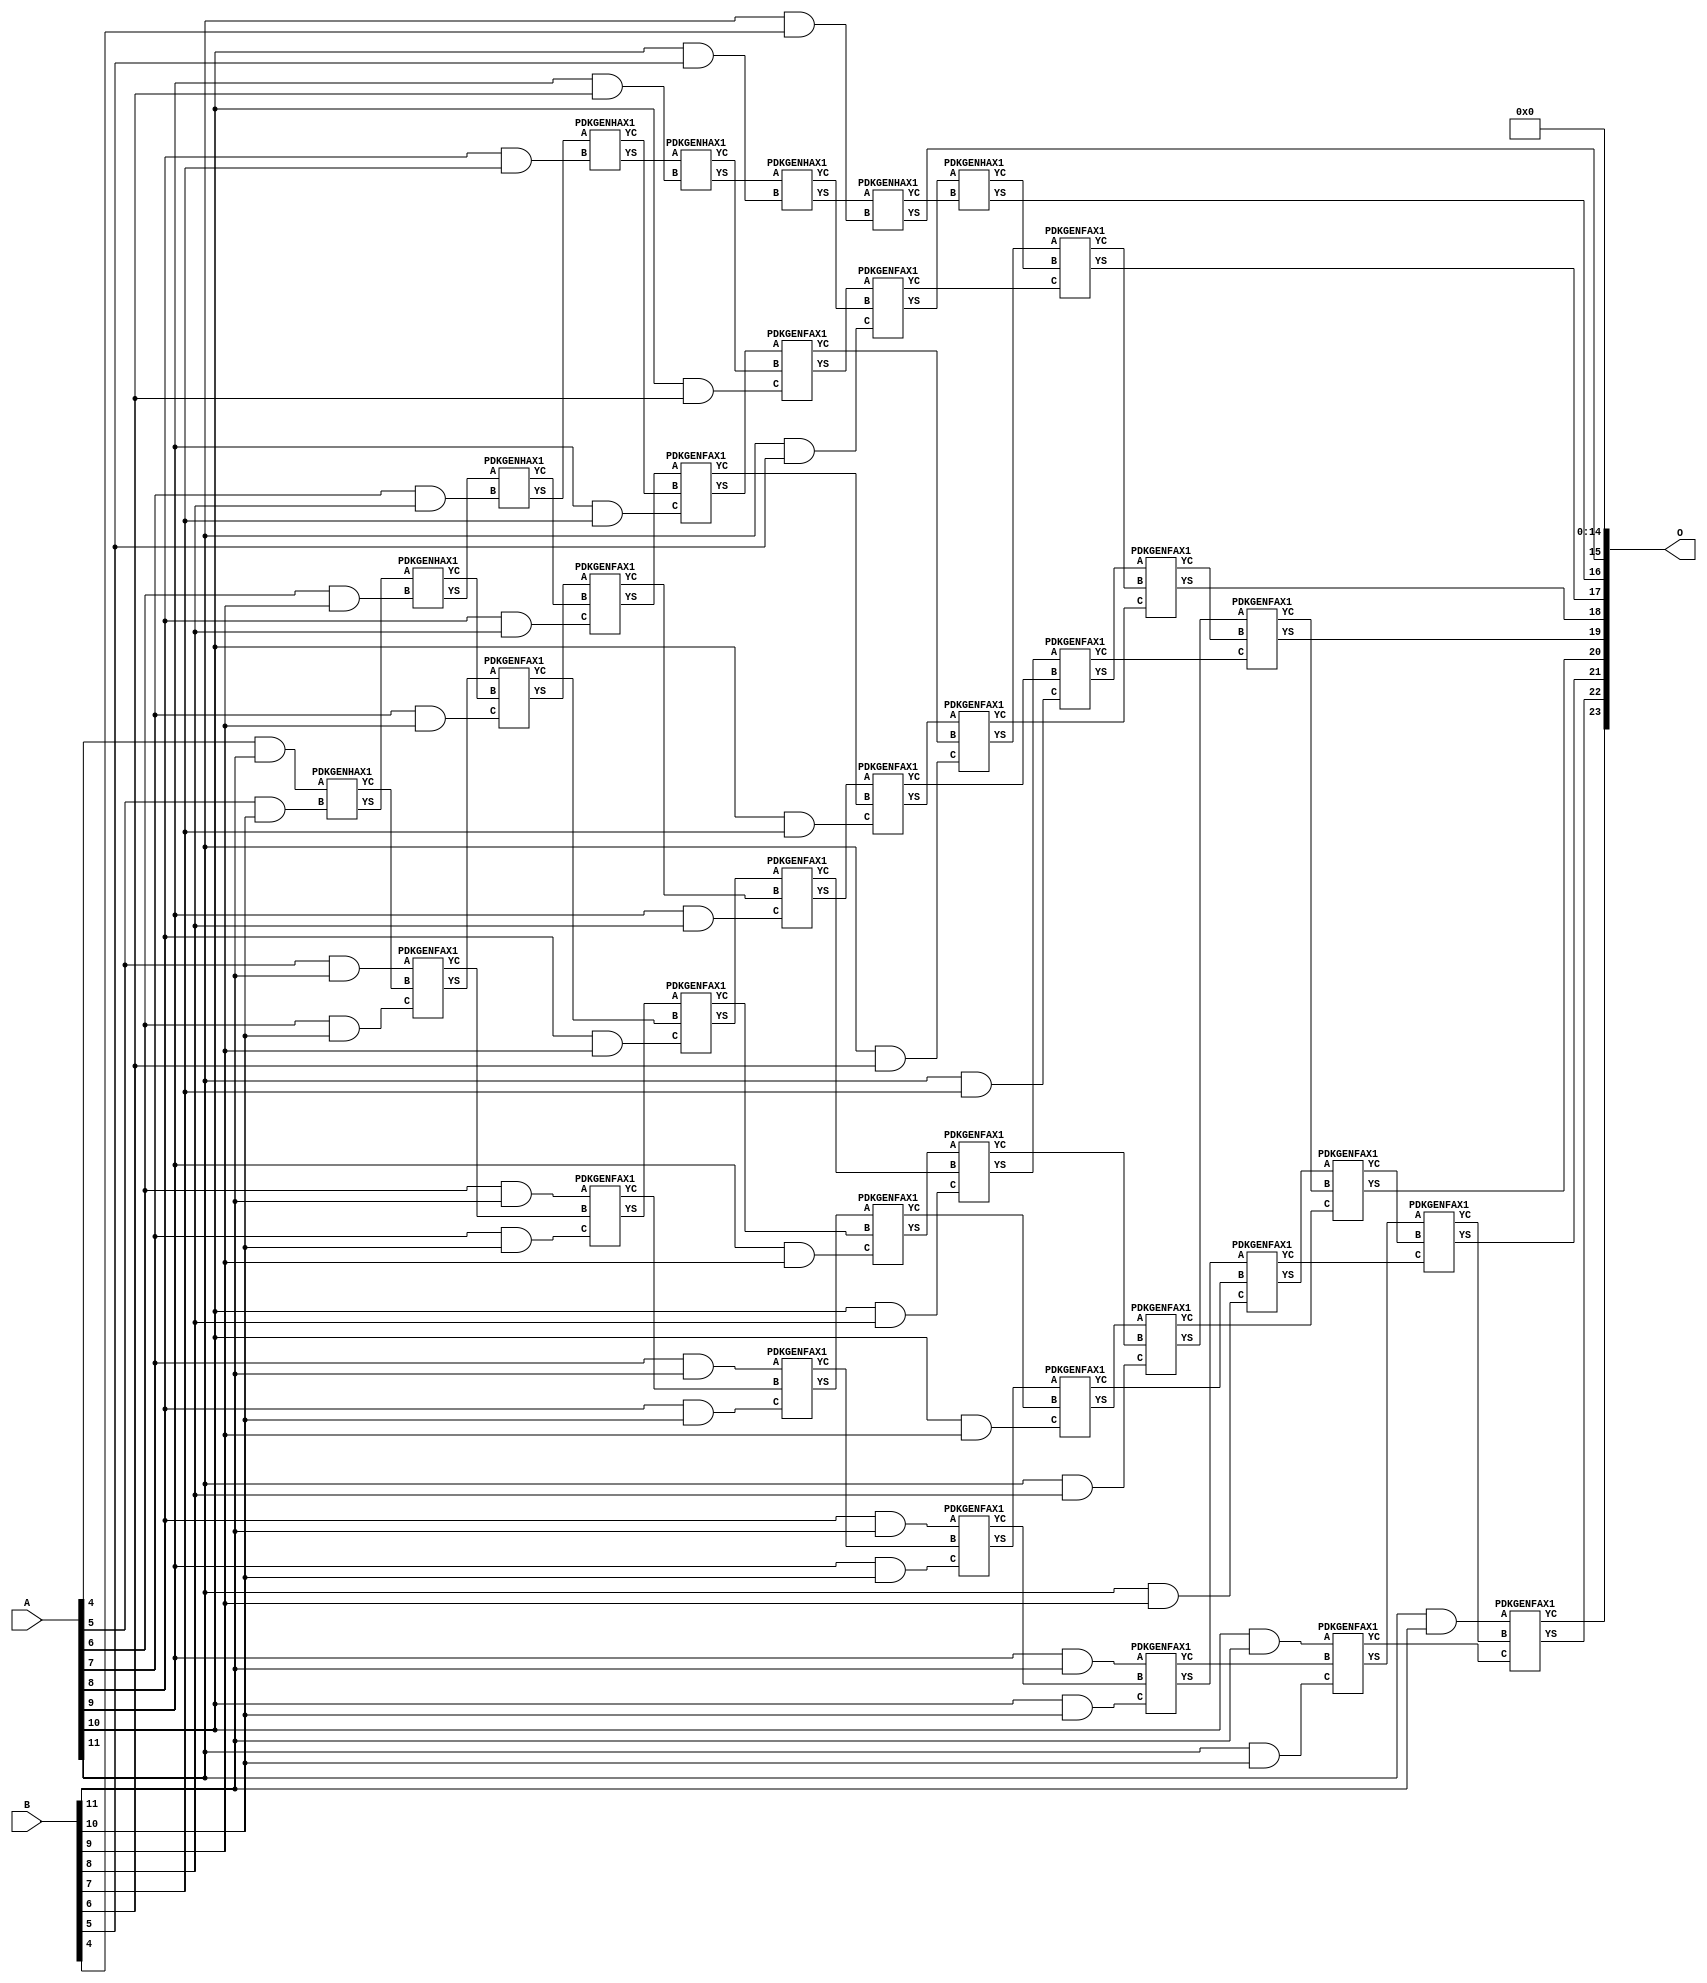
/***
* This code is a part of EvoApproxLib library (ehw.fit.vutbr.cz/approxlib) distributed under The MIT License.
* When used, please cite the following article(s): V. Mrazek, Z. Vasicek, L. Sekanina, H. Jiang and J. Han, "Scalable Construction of Approximate Multipliers With Formally Guaranteed Worst Case Error" in IEEE Transactions on Very Large Scale Integration (VLSI) Systems, vol. 26, no. 11, pp. 2572-2576, Nov. 2018. doi: 10.1109/TVLSI.2018.2856362 
* This file contains a circuit from a sub-set of pareto optimal circuits with respect to the pwr and wce parameters
***/
// MAE% = 0.48 %
// MAE = 79872 
// WCE% = 1.90 %
// WCE = 319489 
// WCRE% = 100.00 %
// EP% = 99.94 %
// MRE% = 7.43 %
// MSE = 78073.148e5 
// PDK45_PWR = 0.237 mW
// PDK45_AREA = 461.3 um2
// PDK45_DELAY = 1.48 ns


module mul12u_2CS ( A, B, O );
  input [11:0] A;
  input [11:0] B;
  output [23:0] O;

  wire C_10_10,C_10_5,C_10_6,C_10_7,C_10_8,C_10_9,C_11_10,C_11_4,C_11_5,C_11_6,C_11_7,C_11_8,C_11_9,C_12_10,C_12_4,C_12_5,C_12_6,C_12_7,C_12_8,C_12_9,C_5_10,C_6_10,C_6_9,C_7_10,C_7_8,C_7_9,C_8_10,C_8_7,C_8_8,C_8_9,C_9_10,C_9_6,C_9_7,C_9_8,C_9_9,S_10_10,S_10_11,S_10_5,S_10_6,S_10_7,S_10_8,S_10_9,S_11_10,S_11_11,S_11_4,S_11_5,S_11_6,S_11_7,S_11_8,S_11_9,S_12_10,S_12_11,S_12_3,S_12_4,S_12_5,S_12_6,S_12_7,S_12_8,S_12_9,S_4_11,S_5_10,S_5_11,S_6_10,S_6_11,S_6_9,S_7_10,S_7_11,S_7_8,S_7_9,S_8_10,S_8_11,S_8_7,S_8_8,S_8_9,S_9_10,S_9_11,S_9_6,S_9_7,S_9_8,S_9_9;

  assign S_4_11 = (A[4] & B[11]);
  PDKGENHAX1 U16847 (.A(S_4_11), .B((A[5] & B[10])), .YS(S_5_10), .YC(C_5_10));
  assign S_5_11 = (A[5] & B[11]);
  PDKGENHAX1 U16858 (.A(S_5_10), .B((A[6] & B[9])), .YS(S_6_9), .YC(C_6_9));
  PDKGENFAX1 U16859 (.A(S_5_11), .B(C_5_10), .C((A[6] & B[10])), .YS(S_6_10), .YC(C_6_10));
  assign S_6_11 = (A[6] & B[11]);
  PDKGENHAX1 U16869 (.A(S_6_9), .B((A[7] & B[8])), .YS(S_7_8), .YC(C_7_8));
  PDKGENFAX1 U16870 (.A(S_6_10), .B(C_6_9), .C((A[7] & B[9])), .YS(S_7_9), .YC(C_7_9));
  PDKGENFAX1 U16871 (.A(S_6_11), .B(C_6_10), .C((A[7] & B[10])), .YS(S_7_10), .YC(C_7_10));
  assign S_7_11 = (A[7] & B[11]);
  PDKGENHAX1 U16880 (.A(S_7_8), .B((A[8] & B[7])), .YS(S_8_7), .YC(C_8_7));
  PDKGENFAX1 U16881 (.A(S_7_9), .B(C_7_8), .C((A[8] & B[8])), .YS(S_8_8), .YC(C_8_8));
  PDKGENFAX1 U16882 (.A(S_7_10), .B(C_7_9), .C((A[8] & B[9])), .YS(S_8_9), .YC(C_8_9));
  PDKGENFAX1 U16883 (.A(S_7_11), .B(C_7_10), .C((A[8] & B[10])), .YS(S_8_10), .YC(C_8_10));
  assign S_8_11 = (A[8] & B[11]);
  PDKGENHAX1 U16891 (.A(S_8_7), .B((A[9] & B[6])), .YS(S_9_6), .YC(C_9_6));
  PDKGENFAX1 U16892 (.A(S_8_8), .B(C_8_7), .C((A[9] & B[7])), .YS(S_9_7), .YC(C_9_7));
  PDKGENFAX1 U16893 (.A(S_8_9), .B(C_8_8), .C((A[9] & B[8])), .YS(S_9_8), .YC(C_9_8));
  PDKGENFAX1 U16894 (.A(S_8_10), .B(C_8_9), .C((A[9] & B[9])), .YS(S_9_9), .YC(C_9_9));
  PDKGENFAX1 U16895 (.A(S_8_11), .B(C_8_10), .C((A[9] & B[10])), .YS(S_9_10), .YC(C_9_10));
  assign S_9_11 = (A[9] & B[11]);
  PDKGENHAX1 U16902 (.A(S_9_6), .B((A[10] & B[5])), .YS(S_10_5), .YC(C_10_5));
  PDKGENFAX1 U16903 (.A(S_9_7), .B(C_9_6), .C((A[10] & B[6])), .YS(S_10_6), .YC(C_10_6));
  PDKGENFAX1 U16904 (.A(S_9_8), .B(C_9_7), .C((A[10] & B[7])), .YS(S_10_7), .YC(C_10_7));
  PDKGENFAX1 U16905 (.A(S_9_9), .B(C_9_8), .C((A[10] & B[8])), .YS(S_10_8), .YC(C_10_8));
  PDKGENFAX1 U16906 (.A(S_9_10), .B(C_9_9), .C((A[10] & B[9])), .YS(S_10_9), .YC(C_10_9));
  PDKGENFAX1 U16907 (.A(S_9_11), .B(C_9_10), .C((A[10] & B[10])), .YS(S_10_10), .YC(C_10_10));
  assign S_10_11 = (A[10] & B[11]);
  PDKGENHAX1 U16913 (.A(S_10_5), .B((A[11] & B[4])), .YS(S_11_4), .YC(C_11_4));
  PDKGENFAX1 U16914 (.A(S_10_6), .B(C_10_5), .C((A[11] & B[5])), .YS(S_11_5), .YC(C_11_5));
  PDKGENFAX1 U16915 (.A(S_10_7), .B(C_10_6), .C((A[11] & B[6])), .YS(S_11_6), .YC(C_11_6));
  PDKGENFAX1 U16916 (.A(S_10_8), .B(C_10_7), .C((A[11] & B[7])), .YS(S_11_7), .YC(C_11_7));
  PDKGENFAX1 U16917 (.A(S_10_9), .B(C_10_8), .C((A[11] & B[8])), .YS(S_11_8), .YC(C_11_8));
  PDKGENFAX1 U16918 (.A(S_10_10), .B(C_10_9), .C((A[11] & B[9])), .YS(S_11_9), .YC(C_11_9));
  PDKGENFAX1 U16919 (.A(S_10_11), .B(C_10_10), .C((A[11] & B[10])), .YS(S_11_10), .YC(C_11_10));
  assign S_11_11 = (A[11] & B[11]);
  assign S_12_3 = S_11_4;
  PDKGENHAX1 U16925 (.A(S_11_5), .B(C_11_4), .YS(S_12_4), .YC(C_12_4));
  PDKGENFAX1 U16926 (.A(S_11_6), .B(C_12_4), .C(C_11_5), .YS(S_12_5), .YC(C_12_5));
  PDKGENFAX1 U16927 (.A(S_11_7), .B(C_12_5), .C(C_11_6), .YS(S_12_6), .YC(C_12_6));
  PDKGENFAX1 U16928 (.A(S_11_8), .B(C_12_6), .C(C_11_7), .YS(S_12_7), .YC(C_12_7));
  PDKGENFAX1 U16929 (.A(S_11_9), .B(C_12_7), .C(C_11_8), .YS(S_12_8), .YC(C_12_8));
  PDKGENFAX1 U16930 (.A(S_11_10), .B(C_12_8), .C(C_11_9), .YS(S_12_9), .YC(C_12_9));
  PDKGENFAX1 U16931 (.A(S_11_11), .B(C_12_9), .C(C_11_10), .YS(S_12_10), .YC(C_12_10));
  assign S_12_11 = C_12_10;
  assign O = {S_12_11,S_12_10,S_12_9,S_12_8,S_12_7,S_12_6,S_12_5,S_12_4,S_12_3,1'b0,1'b0,1'b0,1'b0,1'b0,1'b0,1'b0,1'b0,1'b0,1'b0,1'b0,1'b0,1'b0,1'b0,1'b0};

endmodule

/* mod */
module PDKGENHAX1( input A, input B, output YS, output YC );
    assign YS = A ^ B;
    assign YC = A & B;
endmodule
/* mod */
module PDKGENFAX1( input A, input B, input C, output YS, output YC );
    assign YS = (A ^ B) ^ C;
    assign YC = (A & B) | (B & C) | (A & C);
endmodule